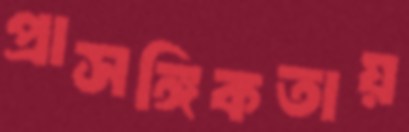
প্রাসঙ্গিকতায়